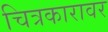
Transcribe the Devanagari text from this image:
चित्रकारावर